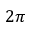
2 \pi